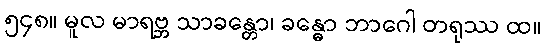
၅၄၈။ မူလ မာရဗ္ဘ သာခန္တော၊ ခန္ဓော ဘာဂေါ တရုဿ ထ။